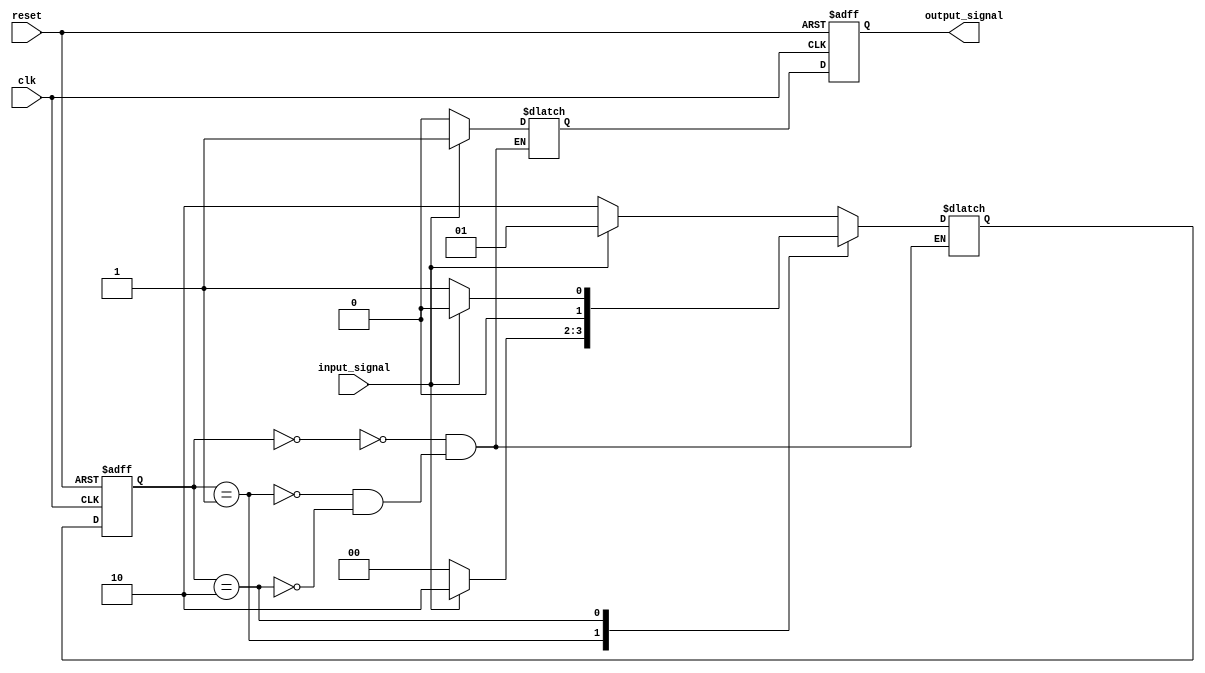
module mealy_fsm (
    input clk,
    input reset,
    input input_signal,
    output reg output_signal
);

// State encoding
parameter stateA = 2'b00;
parameter stateB = 2'b01;
parameter stateC = 2'b10;

// State and output registers
reg [1:0] current_state, next_state;
reg next_output;

// State transition and output logic
always @ (posedge clk or posedge reset) begin
    if (reset) begin
        current_state <= stateA;
        output_signal <= 0;
    end else begin
        current_state <= next_state;
        output_signal <= next_output;
    end
end

// State machine behavior
always @ (*) begin
    case (current_state)
        stateA: begin
            if (input_signal) begin
                next_state = stateB;
                next_output = 1;
            end else begin
                next_state = stateC;
                next_output = 0;
            end
        end
        stateB: begin
            if (input_signal) begin
                next_state = stateC;
                next_output = 1;
            end else begin
                next_state = stateA;
                next_output = 0;
            end
        end
        stateC: begin
            if (input_signal) begin
                next_state = stateA;
                next_output = 1;
            end else begin
                next_state = stateB;
                next_output = 0;
            end
        end
    endcase
end

endmodule